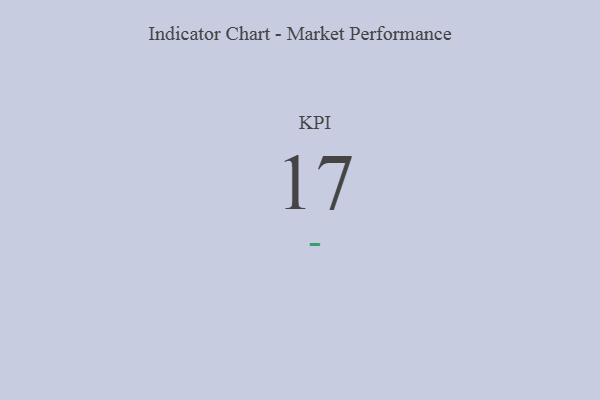
{"axis": {"x": "KPI", "y": "Value"}, "legend": [""], "data": [{"x": "KPI", "y": 17, "type": ""}]}